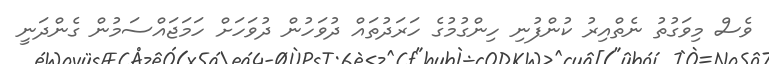
ވެސް މިވަގުތު ނެތްއިރު ކުންފުނި ހިންގުމުގެ ހަރަދުތައް ދުވަހުން ދުވަހަށް ހަމަޖައްސަމުން ގެންދަނީ